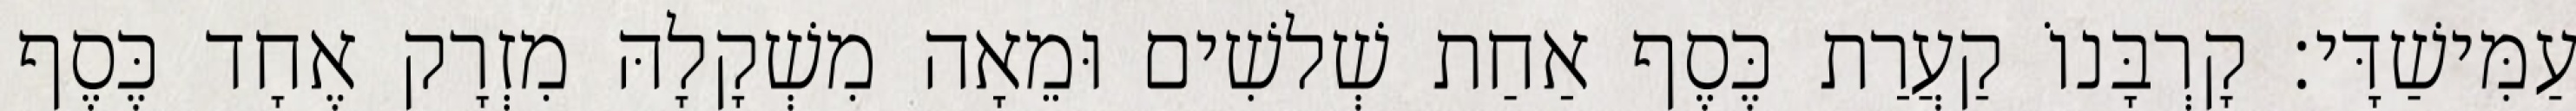
עַמִּישַׁדָּי׃ קָרְבָּנוֹ קַעֲרַת כֶּסֶף אַחַת שְׁלשִׁים וּמֵאָה מִשְׁקָלָהּ מִזְרָק אֶחָד כֶּסֶף